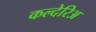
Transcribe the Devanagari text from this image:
कल्देरिअ